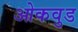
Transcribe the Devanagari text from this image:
ओकवुड